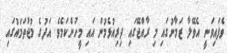
ވެފައިވަނީ އެވޭލާ ޒަމާނުގައި މި ރާއްޖޭގައި ދިރިއުޅެމުން އައި މީހުންކަމެވެ. އަދުގެ މުޖުތަމަައުގައި